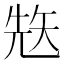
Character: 𥏋